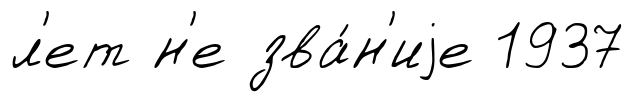
л'ет н'е зва́н'иjе 1937